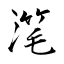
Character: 滗